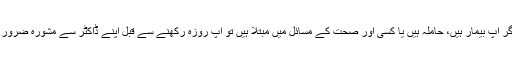
نوٹ: اگر آپ بیمار ہیں، حاملہ ہیں یا کسی اور صحت کے مسائل میں مبتلا ہیں تو آپ روزہ رکھنے سے قبل اپنے ڈاکٹر سے مشورہ ضرور کرلیں۔